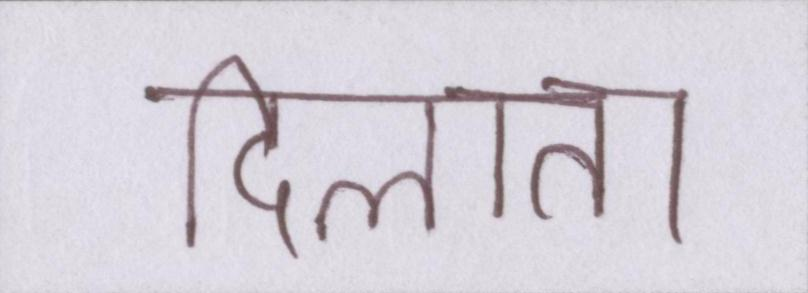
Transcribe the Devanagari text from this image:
दिलाता